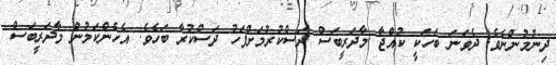
ދިނުމުންނެވެ. ދެވަނަ ބަހަކީ ކުއްޖާ މާދަރީބަސް ދަސްކުރުމަށްފަހު ދަސްކުރާ ބަހެވެ. އެހެންކަމުން މާދަރީބަސް